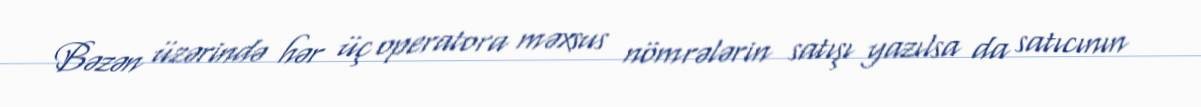
Bəzən üzərində hər üç operatora məxsus nömrələrin satışı yazılsa da satıcının